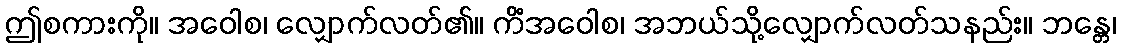
ဤစကားကို။ အဝေါစ၊ လျှောက်လတ်၏။ ကိံအဝေါစ၊ အဘယ်သို့လျှောက်လတ်သနည်း။ ဘန္တေ၊